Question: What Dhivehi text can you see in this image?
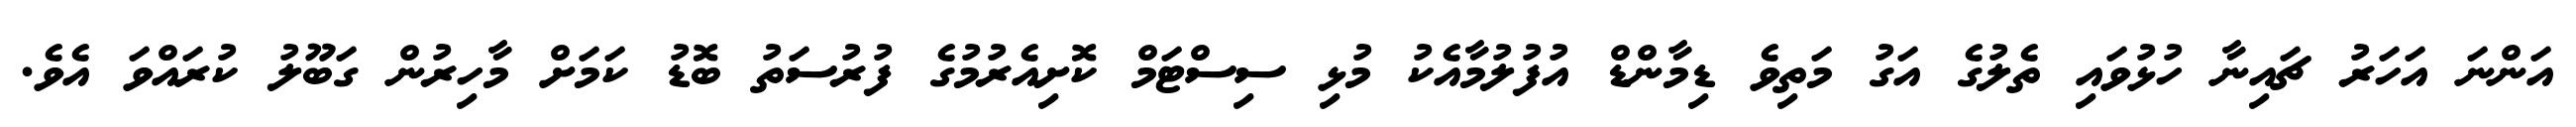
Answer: އަންނަ އަހަރު ޗައިނާ ހުޅުވައި ތެލުގެ އަގު މަތިވެ ޑިމާންޑް އުފުލުމާއެކު މުޅި ސިސްޓަމް ކޮށިއެރުމުގެ ފުރުސަތު ބޮޑު ކަމަށް މާހިރުން ގަބޫލު ކުރައްވަ އެވެ.